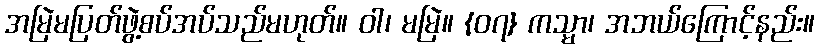
အမြဲမပြတ်ဖွဲ့စပ်အပ်သည်မဟုတ်။ ဝါ၊ မမြဲ။ {၀၇} ကသ္မာ၊ အဘယ်ကြောင့်နည်း။